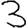
Digit: 3